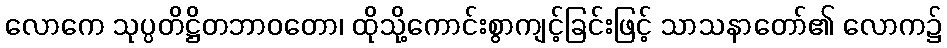
လောကေ သုပ္ပတိဋ္ဌိတဘာဝတော၊ ထိုသို့ကောင်းစွာကျင့်ခြင်းဖြင့် သာသနာတော်၏ လောက၌